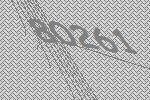
80261